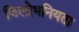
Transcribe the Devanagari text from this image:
विलोभनियता